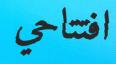
افتتاحي